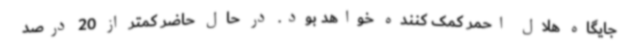
جایگاه هلال احمر کمک کننده خواهد بود. در حال حاضر کمتر از 20 درصد